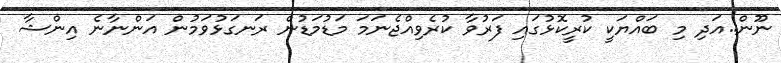
ނޫން..އަދި މި ބައްޔަކީ ކުރީކޮޅުގައި ފަރުވާ ކުރެވިއްޖެނަމަ މަޑުމަޑުން ރަނގަޅުވަމުން އަންނާނެ އިންޝާ